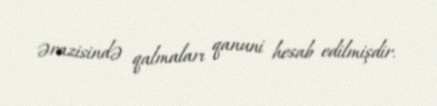
ərazisində qalmaları qanuni hesab edilmişdir.